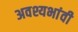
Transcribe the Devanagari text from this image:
अवश्यभांवी